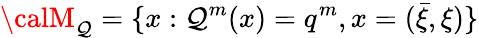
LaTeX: {\calM}_{\mathcal{Q}}=\{ x:\mathcal{Q}^{m}(x)=q^{m},x=(\bar{{\xi}},\xi)\}